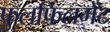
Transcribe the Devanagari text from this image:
फुलफिलमेंट